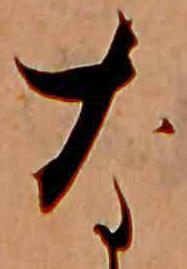
な